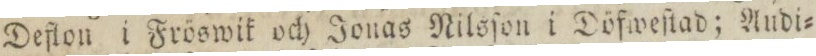
Deflon i Fröswik och Jonas Nilsſon i Döfweſtad; Audi=